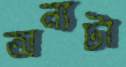
অন্যটা